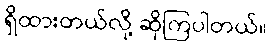
ရှိထားတယ်လို့ ဆိုကြပါတယ်။